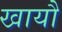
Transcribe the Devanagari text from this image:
खायौ